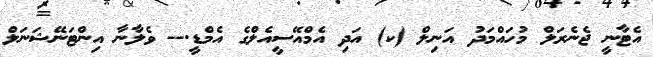
އެޓާނީ ޖެނެރަލް މުހައްމަދު އަނިލް (ކ) އަދި އެމްއޭސީއެލްގެ އެމްޑީ.-- ވެލާނާ އިންޓަނޭޝަނަލް